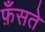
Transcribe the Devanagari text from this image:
फ़ँसते